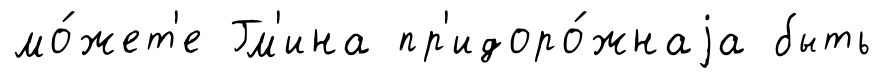
мо́жет'е Гм'ина пр'идоро́жнаjа быть